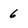
Character: 6